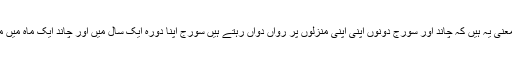
اور سورج اپنے ٹھہرنے کے وقت تک چل رہا ہے دوسرے معنی یہ ہیں کہ چاند اور سورج دونوں اپنی اپنی منزلوں پر رواں دواں رہتے ہیں سورج اپنا دورہ ایک سال میں اور چاند ایک ماہ میں مکمل کرلیتا ہے جس طرح فرمایا (والقمر قدرنہ منازل) یسین۔